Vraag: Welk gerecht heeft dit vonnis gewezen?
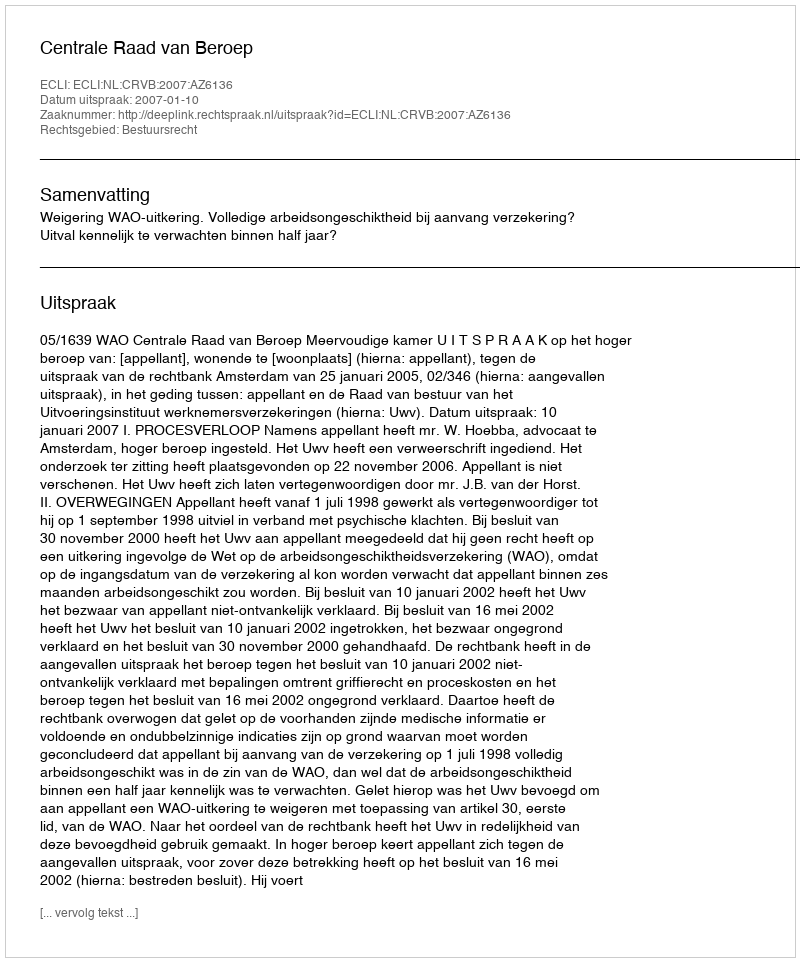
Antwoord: Centrale Raad van Beroep